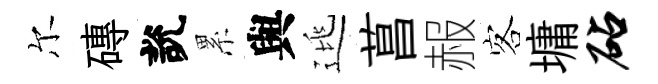
尔磚說累與逃菖赧客墉砧